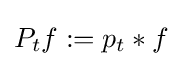
P_{t}f:=p_{t}*f